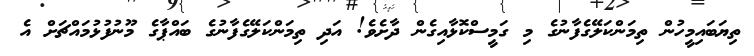
ތިޔަބައިމީހުން ތިމަންކަލޭގެފާނުގެ މި ގަމީސްކޮޅާއިގެން ދާށެވެ! އަދި ތިމަންކަލޭގެފާނުގެ ބައްޕާގެ މޫނުފުޅުމައްޗަށް އެ